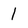
Character: 1